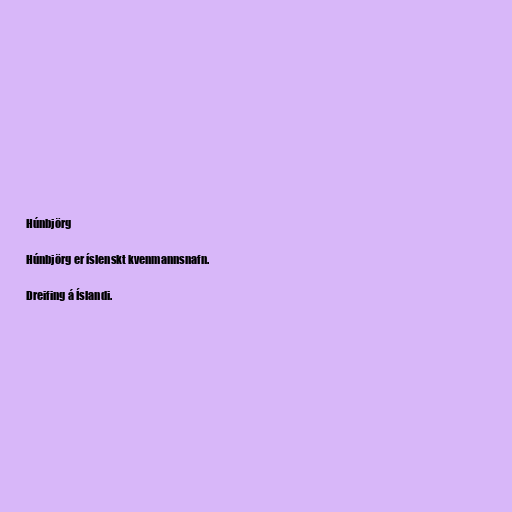
Húnbjörg

Húnbjörg er íslenskt kvenmannsnafn.

Dreifing á Íslandi.